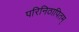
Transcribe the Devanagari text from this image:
परिनिठापितम्